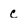
Character: c